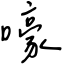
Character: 嚎